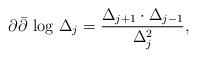
\begin{align*}\partial \bar{\partial }\mbox{ log }\Delta _j=\frac{\Delta _{j+1}\cdot \Delta _{j-1}}{\Delta _j^2},\end{align*}